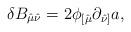
LaTeX: \begin{align*}\delta B_{\hat\mu \hat\nu} = 2 \phi_{[\hat\mu} \partial_{\hat\nu]} a,\end{align*}